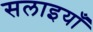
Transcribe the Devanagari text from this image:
सलाइयाँ